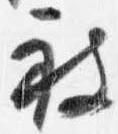
被